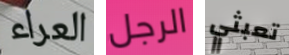
العراء الرجل تعبثي